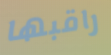
راقبها